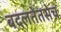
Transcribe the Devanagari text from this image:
बदलतेतसेच